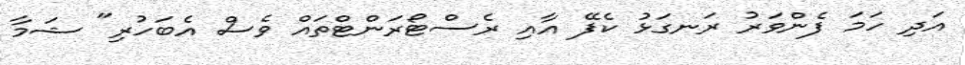
އަދި ހަމަ ފެންވަރު ރަނގަޅު ކެފޭ އާއި ރެސްޓޯރަންޓްތައް ވެސް އެބަހުރި" ޝަމާ